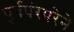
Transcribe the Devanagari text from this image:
पुर्वपंरपरेने